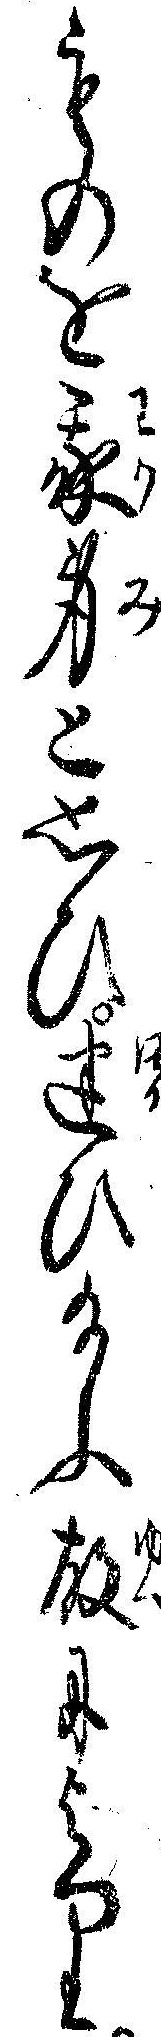
ものを我身と思ひ迷ひ給ふ故により